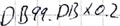
Text: DB99.DBX0.2